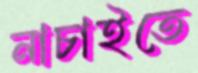
নাচাইতে